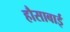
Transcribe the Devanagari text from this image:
हौसाबाई